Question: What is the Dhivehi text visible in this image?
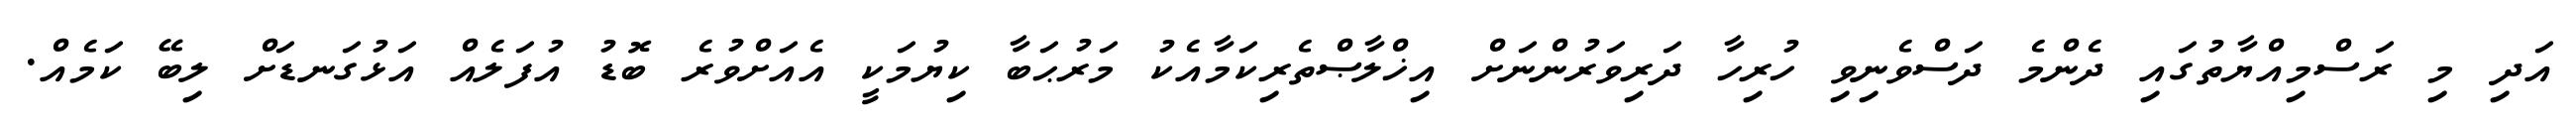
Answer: އަދި މި ރަސްމިއްޔާތުގައި ދެންމެ ދަސްވެނިވި ހުރިހާ ދަރިވަރުންނަށް އިޚްލާޞްތެރިކަމާއެކު މަރުޙަބާ ކިޔުމަކީ އެއަށްވުރެ ބޮޑު އުފަލެއް އަޅުގަނޑަށް ލިބޭ ކަމެއް.